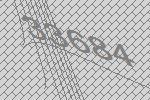
33684